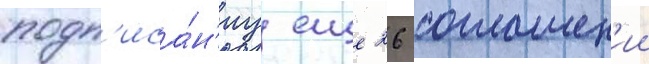
подп'иса́н'иу еще 26 соглашен'ии